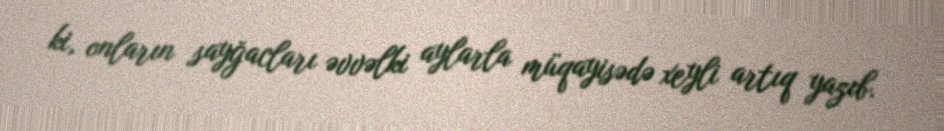
ki, onların sayğacları əvvəlki aylarla müqayisədə xeyli artıq yazıb.